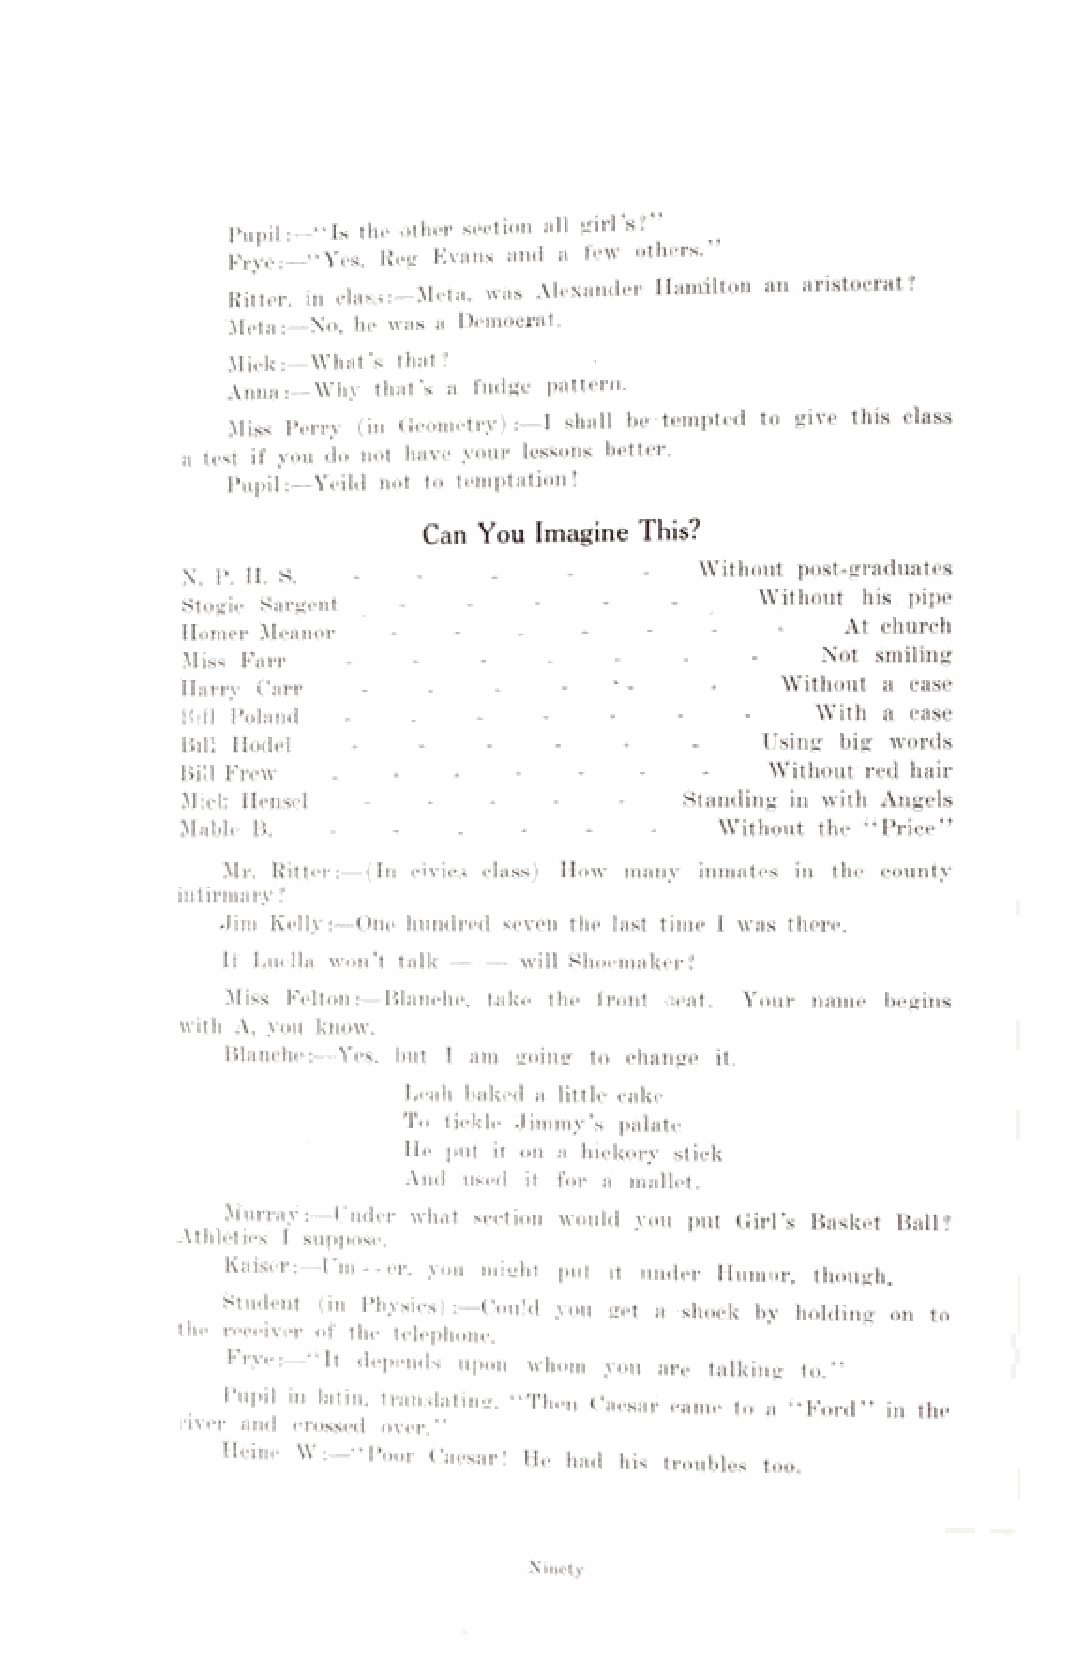
pUpil:__“ Is the other section all girl’s?”
 Frye:—“Yes, Reg Evans and a few others.”
 Ritter, in classM eta, was Alexander Hamilton an aristocrat?
 Meta:—No, he was a Democrat.
 Mick:—What’s that?
 Anna:— Why that’s a fudge pattern.
 Miss Perry (in Geometry) :—I shall be-tempted to give this class
 a test if you do not have your lessons better.
 Pupil:—Yeild not to temptation!
 Can You Imagine This?
 \ P H  S   -    -    -    •    '  Without post-graduates
 Stogie Sargent -   -   -    -   -     Without his pipe
 Homer Meanor  -   -  -   -   -  -   -       At church
 Miss Farr -   -   -   -   -   -   -       Not smiling
 Harry Carr  -   -    -   -         -    Without a case
 Hill Poland - -   -   -   -   -  -        With a case
 Hill Hodel -   -   -   -  -   -       Using big words
 Bill Frew -   -  -   -  -   -   -     Without red hair
 Mick Hensel     -   -    -   -   Standing in with Angels
 Mable B.  -  -   -  -   -      -   Without the “ Price”
 Mr. Ritter:—(In civics class) How many inmates in the county
 infirmary ?
 Jim Kelly:—One hundred seven the last time I was there.
 If Luella won’t talk will Shoemaker?
 Miss Felton:—Blanche, take the front neat. Your name begins
 with A, you know.
 Blanche:—Yes. but I am going to change it.
 Leah baked a little cake
 To tickle Jimmy’s palate
 He put it on a hickory stick
 And used it for a mallet.
 Murray:—I nder what section would you put Girl’s Basket Ball?
 Athletics I suppose.
 Kaiser:—Urn--er. you might put it under Humor, though.
 Student (in Physics) :—Could you get a shock by holding on to
 the receiver of the telephone.
 Frye:—“ It depends upon whom you are talking to.”
 Pupil m latin, translating, “ Then Caesar came to a “ Ford” in the
 river and crossed over.”
 Heine W :—“Poor Caesar! He had his troubles too.
 Ninety